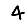
Digit: 4